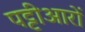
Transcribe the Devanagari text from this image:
पट्टीआरों